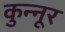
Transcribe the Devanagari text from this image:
कुन्नूर